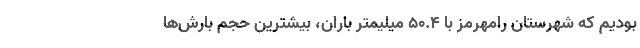
بودیم که شهرستان رامهرمز با ۵۰.۴ میلیمتر باران، بیشترین حجم بارش‌ها